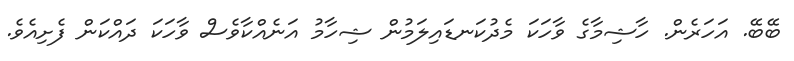
ބޭބޭ. އަހަރެން. ހާޝިމާގެ ވާހަކަ މެދުކަނޑައިލަމުން ޝިހާމު އަނެއްކާވެސް ވާހަކަ ދައްކަން ފެށިއެވެ.